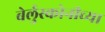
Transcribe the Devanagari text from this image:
बेर्लुस्कोनीच्या